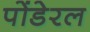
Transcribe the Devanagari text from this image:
पोंडेरल